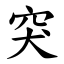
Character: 突